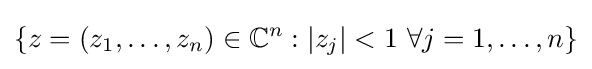
\left\{z=(z_{1},\dots ,z_{n})\in \mathbb {C} ^{n}:\vert z_{j}\vert <1\ \forall j=1,\dots ,n\right\}